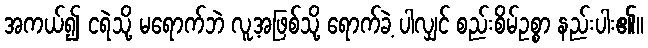
အကယ်၍ ငရဲသို့ မရောက်ဘဲ လူ့အဖြစ်သို့ ရောက်ခဲ့ ပါလျှင် စည်းစိမ်ဥစ္စာ နည်းပါး၏။